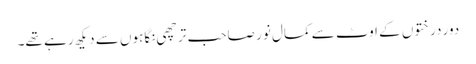
دور درختوں کے اوٹ سے کمال نور صاحب ترچھی نگاہوں سے دیکھ رہے تھے۔